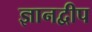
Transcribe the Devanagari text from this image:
ज्ञानद्वीप